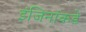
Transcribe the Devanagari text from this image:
इंजिनांकडे